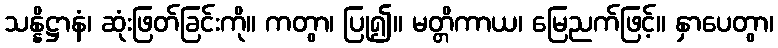
သန္နိဋ္ဌာနံ၊ ဆုံးဖြတ်ခြင်းကို။ ကတွာ၊ ပြု၍။ မတ္တိကာယ၊ မြေညက်ဖြင့်။ နှာပေတွာ၊